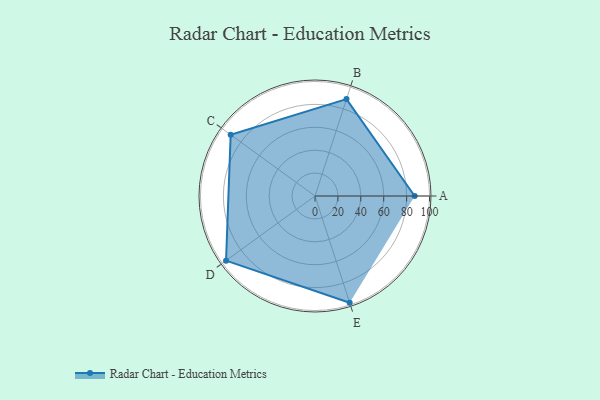
{"axis": {"x": "Skill", "y": "Score"}, "legend": ["Profile"], "data": [{"x": "A", "y": 87.0, "type": "Profile"}, {"x": "B", "y": 89.0, "type": "Profile"}, {"x": "C", "y": 91.0, "type": "Profile"}, {"x": "D", "y": 96.0, "type": "Profile"}, {"x": "E", "y": 98.0, "type": "Profile"}]}